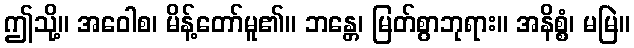
ဤသို့။ အဝေါစ၊ မိန့်တော်မူ၏။ ဘန္တေ၊ မြတ်စွာဘုရား။ အနိစ္စံ၊ မမြဲ။